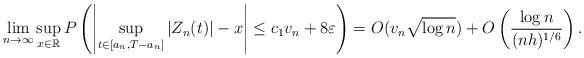
LaTeX: \begin{align*}\lim_{n\to\infty}\sup_{x\in\mathbb{R}}P\left(\left|\sup_{t\in[a_n,T-a_n]}|Z_n(t)|-x\right|\leq c_1v_n+8\varepsilon\right)=O(v_n\sqrt{\log n})+O\left(\frac{\log n}{(nh)^{1/6}}\right).\end{align*}